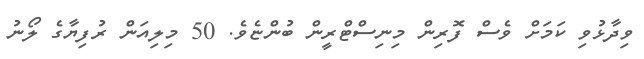
ވިދާޅުވި ކަމަށް ވެސް ފޮރިން މިނިސްޓްރީން ބުންޏެވެ. 50 މިލިއަން ރުފިޔާގެ ލޯނު